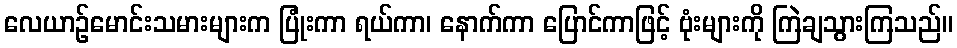
လေယာဉ်မောင်းသမားများက ပြုံးကာ ရယ်ကာ၊ နောက်ကာ ပြောင်ကာဖြင့် ဗုံးများကို ကြဲချသွားကြသည်။